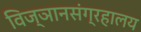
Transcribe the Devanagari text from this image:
विज्ञानसंग्रहालय